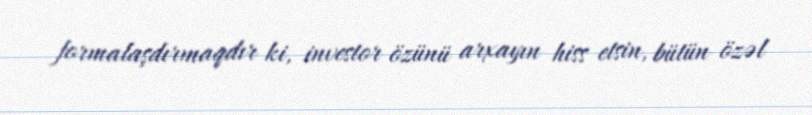
formalaşdırmaqdır ki, investor özünü arxayın hiss etsin, bütün özəl